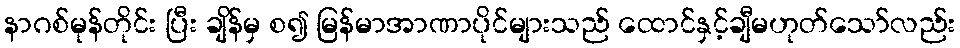
နာဂစ်မုန်တိုင်း ပြီး ချိန်မှ စ၍ မြန်မာအာဏာပိုင်များသည် ထောင်နှင့်ချီမဟုတ်သော်လည်း